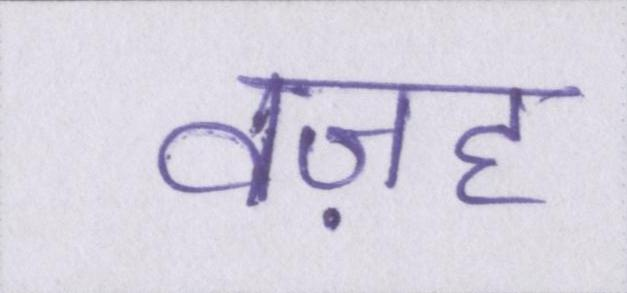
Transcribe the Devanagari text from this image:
वज़ह